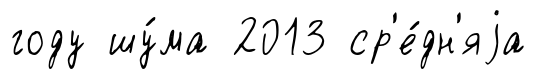
году шу́ма 2013 ср'е́дн'яjа